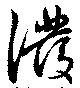
溌